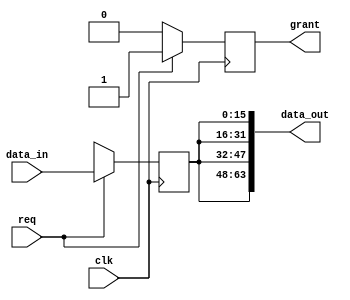
`timescale 1ns / 1ps

// NUM_PES should >= 2
module bus_singlebroadcast#(parameter NUM_PES=4, DATA_TYPE=16, NUM_ITER=$clog2(NUM_PES))
(
    input                             clk,
    
    input  [DATA_TYPE-1:0]            data_in,
    output [NUM_PES*DATA_TYPE-1:0]    data_out,
    
    input                             req,
    output                            grant
    );
reg                                  grant_reg;
reg  [DATA_TYPE-1:0]                 data_out_reg;

wire [DATA_TYPE-1:0]                 value;
assign value = (req)?data_in:{DATA_TYPE{1'bx}};


always@(posedge clk)
begin
    data_out_reg <= value;
    grant_reg    <= (req)?1'b1:1'b0;
end

genvar i;
generate
for(i=0; i< NUM_PES;i = i +1)
begin
    assign data_out[(i+1)*DATA_TYPE-1:i*DATA_TYPE] = data_out_reg;
end
endgenerate

assign grant = grant_reg;

endmodule